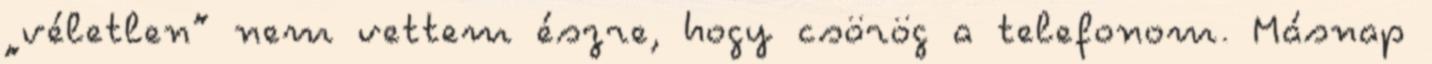
„véletlen” nem vettem észre, hogy csörög a telefonom. Másnap